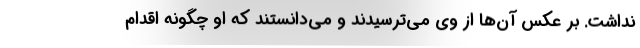
نداشت. بر عکس آن‌ها از وی می‌ترسیدند و می‌دانستند که او چگونه اقدام